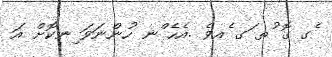
ެގ ގޮ ުތ ަގ ެއވެ .އެހެ ްނ ހުންނަވަ ިނކޮށް އަ